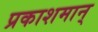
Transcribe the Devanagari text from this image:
प्रकाशमान्‌